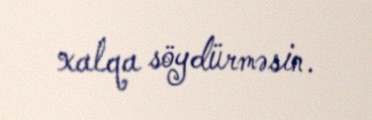
xalqa söydürməsin.